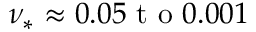
\nu _ { * } \approx 0 . 0 5 \mathrm { ~ t ~ o ~ } 0 . 0 0 1